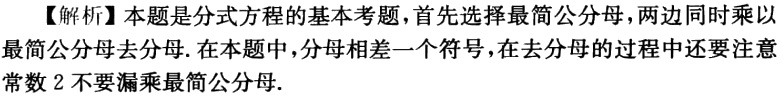
【解析】本题是分式方程的基本考题，首先选择最简公分母，两边同时乘以最简公分母去分母. 在本题中，分母相差一个符号，在去分母的过程中还要注意常数 2 不要漏乘最简公分母.